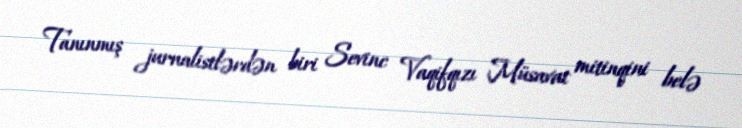
Tanınmış jurnalistlərdən biri Sevinc Vaqifqızı Müsavat mitinqini belə